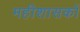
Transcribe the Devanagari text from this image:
महीशासकों